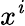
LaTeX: x^{\mathit{i}}